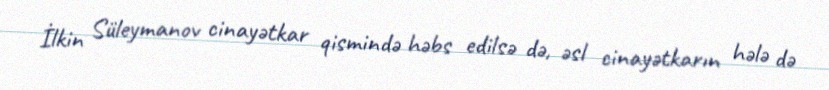
İlkin Süleymanov cinayətkar qismində həbs edilsə də, əsl cinayətkarın hələ də